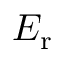
E _ { \mathrm { r } }